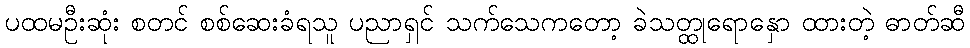
ပထမဦးဆုံး စတင် စစ်ဆေးခံရသူ ပညာရှင် သက်သေကတော့ ခဲသတ္ထုရောနှော ထားတဲ့ ဓာတ်ဆီ